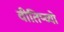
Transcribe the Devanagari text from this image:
वीतिष्व्यो